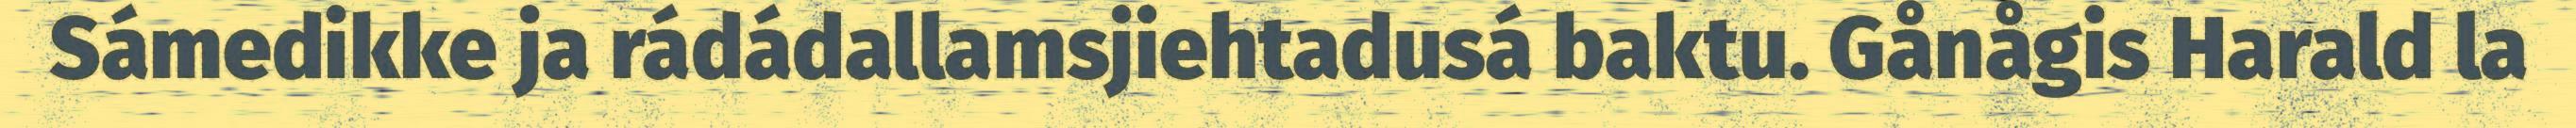
Sámedikke ja rádádallamsjiehtadusá baktu. Gånågis Harald la